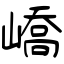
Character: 嶠